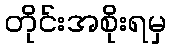
တိုင်းအစိုးရမှ